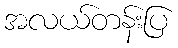
အလယ်တန်းပြ